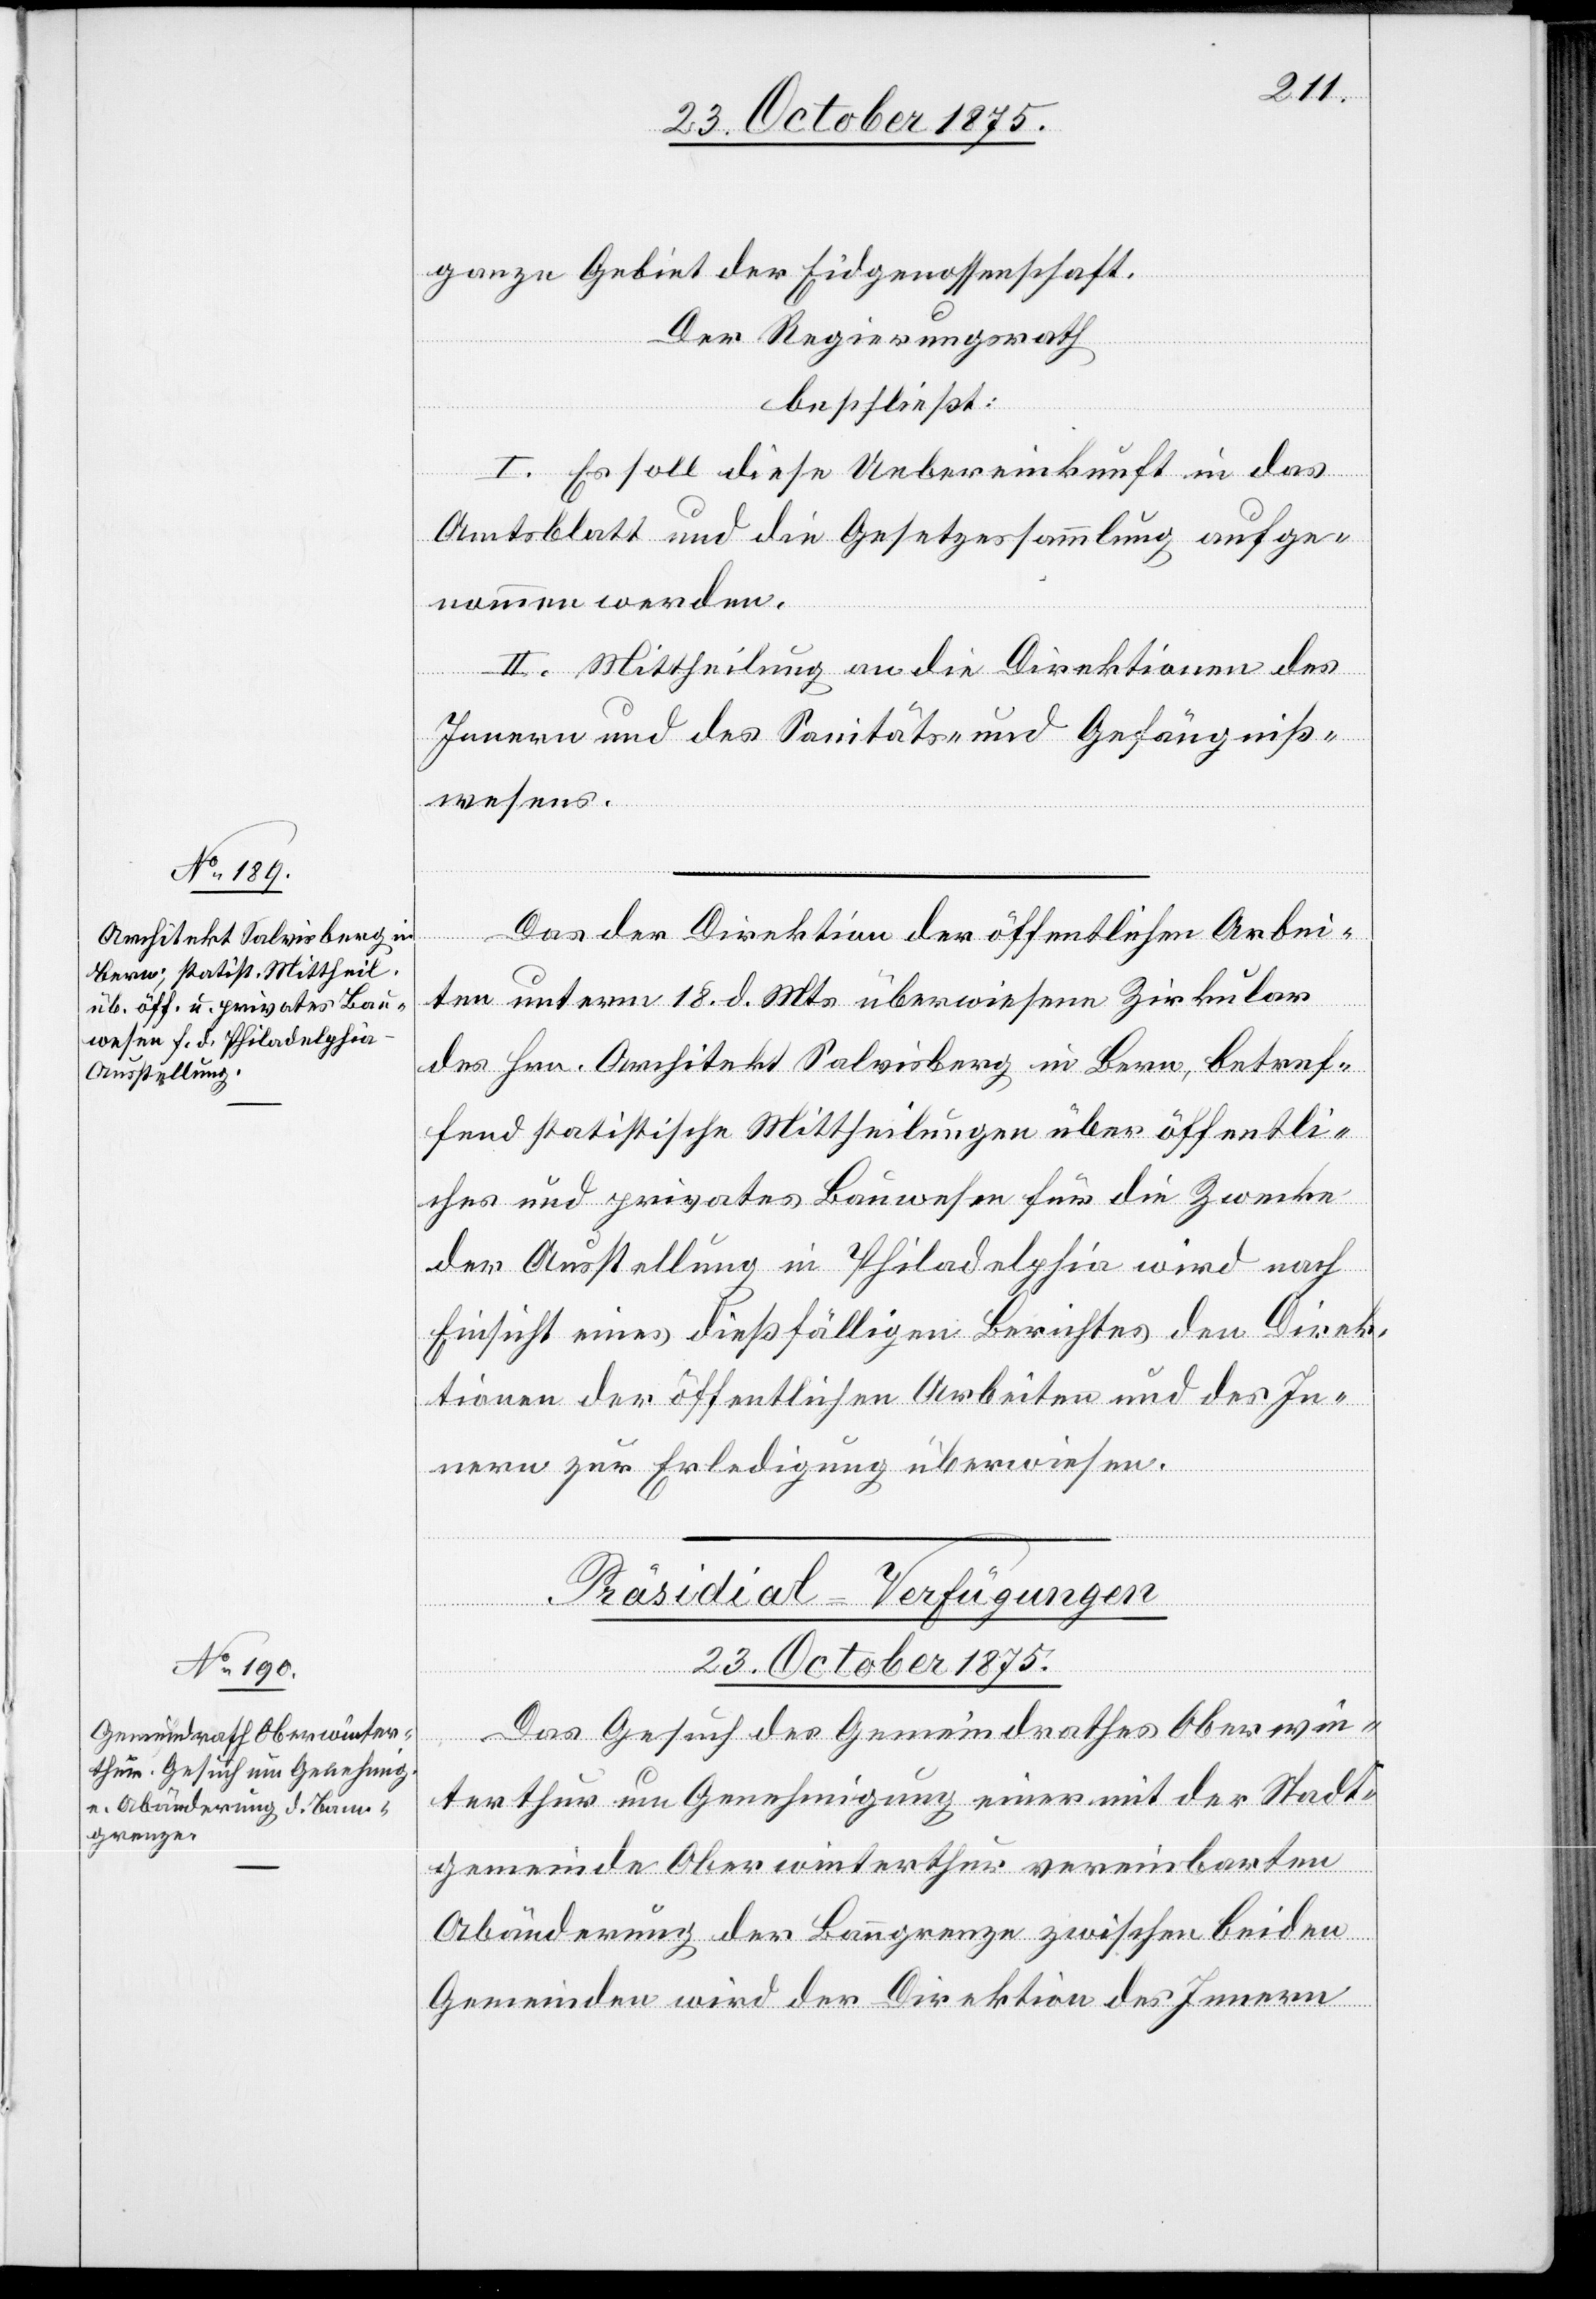
ganze Gebiet der Eidgenossenschaft.
Der Regierungsrath
beschließt:
I. Es soll diese Uebereinkunft in das
Amtsblatt und die Gesetzessammlung aufge¬
nommen werden.
II. Mittheilung an die Direktionen des
Innern und des Sanitäts- und Gefängniß¬
wesens.
Das der Direktion der öffentlichen Arbei¬
ten unterm 18. d. Mts. überwiesene Zirkular
des Hrn. Architekt Salvisberg in Bern, betref¬
fend statistische Mittheilungen über öffentli¬
ches und privates Bauwesen für die Zwecke
der Ausstellung in Philadelphia wird nach
Einsicht eines dießfälligen Berichtes den Direk¬
tionen der öffentlichen Arbeiten und des In¬
nern zur Erledigung überwiesen.
Präsidial-Verfügungen
23. October 1875.
Das Gesuch des Gemeindrathes Oberwin¬
terthur um Genehmigung einer mit der Stadt¬
gemeinde Oberwinterthur vereinbarten
Abänderung der Banngrenze zwischen beiden
Gemeinden wird der Direktion des Innern